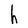
Character: h